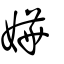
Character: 嬅